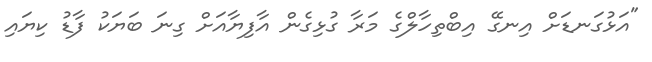
"އަޅުގަނޑަށް އިނގޭ އިބްތިހާލްގެ މަރާ ގުޅިގެން އާފިޔާއަށް ގިނަ ބަޔަކު ފާޑު ކިޔައި